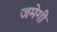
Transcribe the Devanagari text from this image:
जमेगी